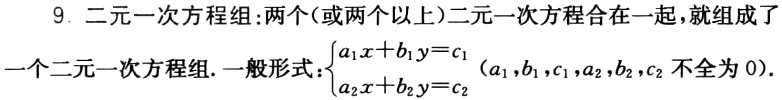
9. 二元一次方程组:两个(或两个以上)二元一次方程合在一起,就组成了

一个二元一次方程组. 一般形式：$\begin{cases}a_{1}x + b_{1}y = c_{1}\\a_{2}x + b_{2}y = c_{2}\end{cases}$ ($a_{1},b_{1},c_{1},a_{2},b_{2},c_{2}$ 不全为 0).